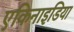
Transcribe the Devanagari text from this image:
एकिनाइडिया